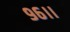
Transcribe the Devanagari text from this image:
९६।।